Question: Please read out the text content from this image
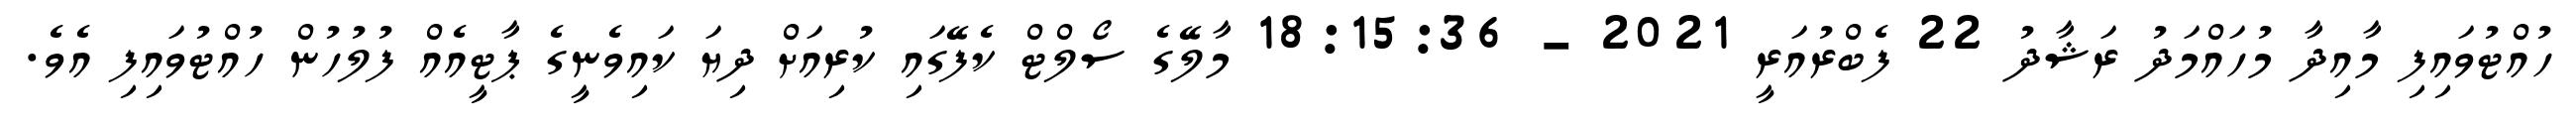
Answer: ހުއްޓުވައިފި މާއިދާ މުހައްމަދު ރަޝާދު 22 ފެބްރުއަރީ 2021 - 18:15:36 މާލޭގެ ސޯލްޓް ކެފޭގައި ކުރިއަށް ދިޔަ ކައިވެނީގެ ޕާޓީއެއް ފުލުހުން ހުއްޓުވައިފި އެވެ.